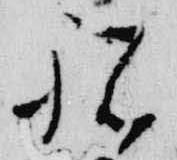
祝